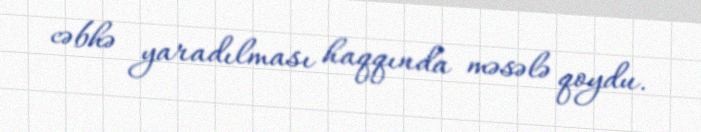
cəbhə yaradılması haqqında məsələ qoydu.